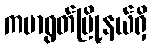
ကမာရွတ်မြို့နယ်ရှိ